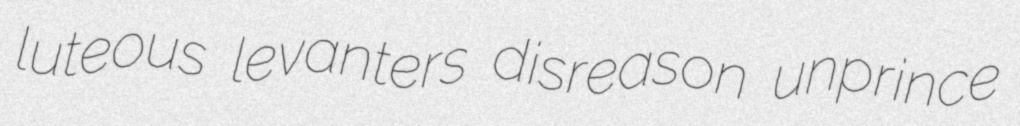
luteous levanters disreason unprince